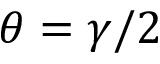
\theta = \gamma / 2